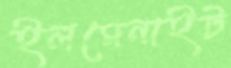
ইলমেনাইট